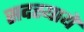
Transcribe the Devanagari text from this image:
सदस्यायें